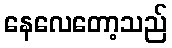
နေလေတော့သည်